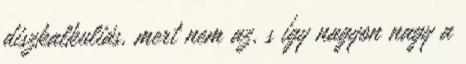
diszkalkuliás, mert nem az, s így nagyon nagy a